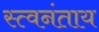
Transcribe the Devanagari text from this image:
स्त्वनंताय